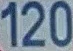
120